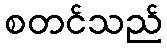
စတင်သည်